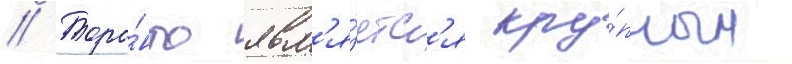
// Торо́нто явл'я́етс'я кру́пным